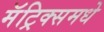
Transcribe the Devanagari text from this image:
मॅट्रिक्समधे